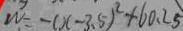
W = - ( x - 3 . 5 ) ^ { 2 } + 6 0 . 2 5